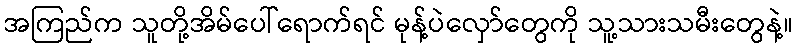
အကြည်က သူတို့အိမ်ပေါ်ရောက်ရင် မုန့်ပဲလှော်တွေကို သူ့သားသမီးတွေနဲ့။